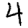
Digit: 4